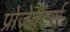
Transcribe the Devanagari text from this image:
प्रोजेक्टर्स